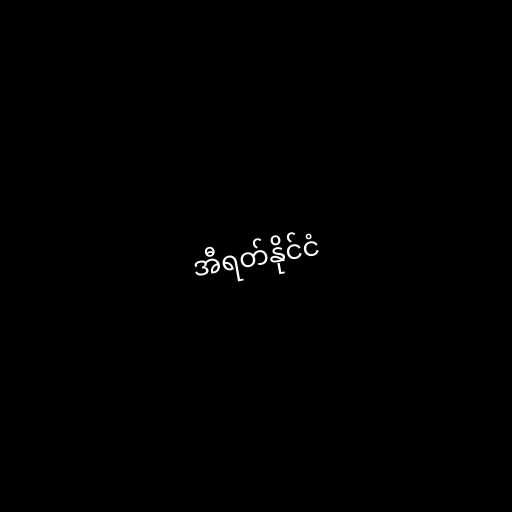
အီရတ်နိုင်ငံ